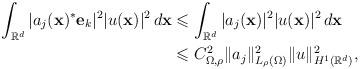
LaTeX: \begin{align*}\int _{\mathbb{R}^d}\vert a_j(\mathbf{x})^*\mathbf{e}_k\vert ^2\vert u(\mathbf{x})\vert ^2\,d\mathbf{x}&\leqslant \int _{\mathbb{R}^d}\vert a_j (\mathbf{x})\vert ^2\vert u(\mathbf{x})\vert ^2\,d\mathbf{x}\\&\leqslant C_{\Omega ,\rho}^2\Vert a_j\Vert ^2 _{L_\rho (\Omega)}\Vert u\Vert ^2 _{H^1(\mathbb{R}^d)},\end{align*}